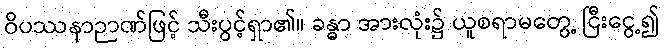
ဝိပဿနာဉာဏ်ဖြင့် သီးပွင့်ရှာ၏။ ခန္ဓာ အားလုံး၌ ယူစရာမတွေ့ ငြီးငွေ့၍